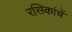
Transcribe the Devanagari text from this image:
रसिकांचें